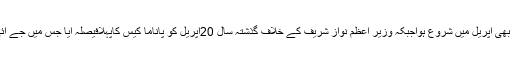
پاناما کا ہنگامہ بھی اپریل میں شروع ہواجبکہ وزیر اعظم نواز شریف کے خلاف گذشتہ سال 20اپریل کو پاناما کیس کاپہلافیصلہ آیا جس میں جے آئی ٹی بنائی گئی۔